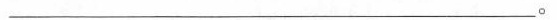
___。